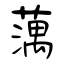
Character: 蕅